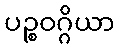
ပဉ္စဝဂ္ဂိယာ